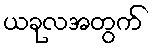
ယခုလအတွက်